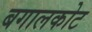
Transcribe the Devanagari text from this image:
बगालकोट